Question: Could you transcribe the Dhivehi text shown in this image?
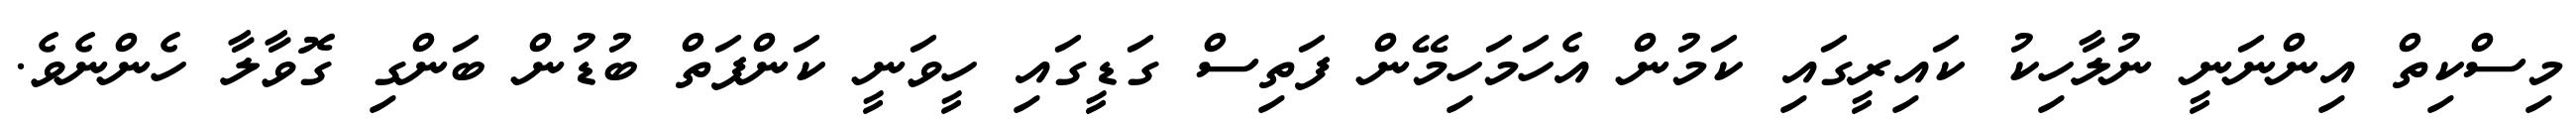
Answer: މިސްކިތް އިންނަނީ ނުލާހިކު ކައިރީގައި ކަމުން އެހަމަހިމޭން ފަތިސް ގަޑީގައި ހީވަނީ ކަންފަތް ބުޑުން ބަންގި ގޮވާލާ ހެންނެވެ.